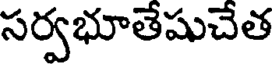
సర్వభూతేషుచేత